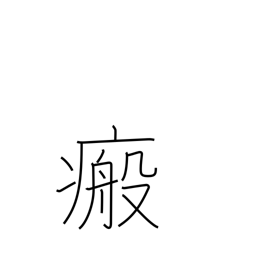
Meaning: scar